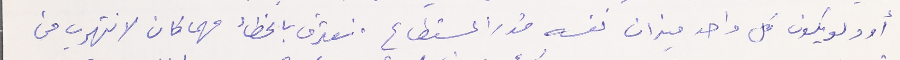
أود لو يكون كل واحد ميزان نفسه قدر المستطاع. نعترف بالخطأ مهما كان لا نتهرب من